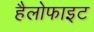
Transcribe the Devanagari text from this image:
हैलोफाइट